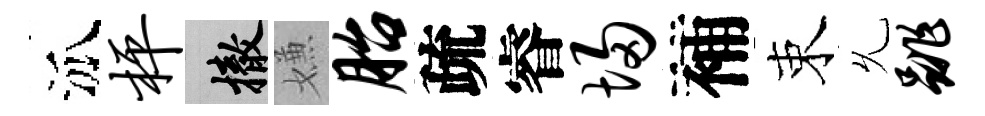
泒枰撤嫌胎疏睿埽補束𠃔跳